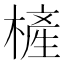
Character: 㯆